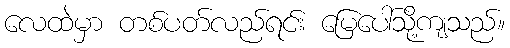
လေထဲမှာ တစ်ပတ်လည်ရင်း မြေပေါ်သို့ကျသည်။